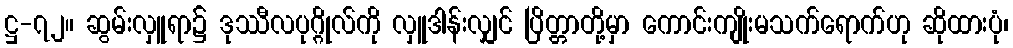
ဋ္ဌ-၇၂။ ဆွမ်းလှူရာ၌ ဒုဿီလပုဂ္ဂိုလ်ကို လှူဒါန်းလျှင် ပြိတ္တာတို့မှာ ကောင်းကျိုးမသက်ရောက်ဟု ဆိုထားပုံ၊